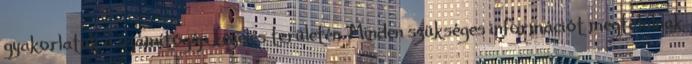
gyakorlatuk a számítógép kezelés területén. Minden szükséges információt megtalálnak